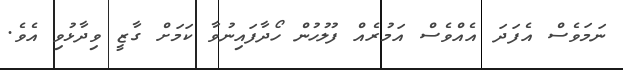
ނަމަވެސް އެފަދަ އެއްވެސް އަމުރެއް ފުލުހުން ހޯދާފައިނުވާ ކަމަށް ގާޒީ ވިދާޅުވި އެވެ.